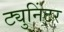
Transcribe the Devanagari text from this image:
ट्युनिंटर